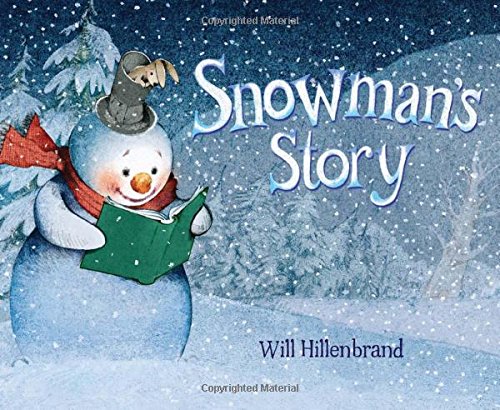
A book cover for Snowman's Story; Will Hillenbrand; Children's Books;